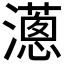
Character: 𤁬